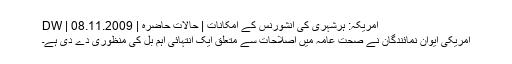
امریکہ: ہرشہری کی انشورنس کے امکانات | حالات حاضرہ | DW | 08.11.2009
امریکی ایوان نمائندگان نے صحت عامہ میں اصلاحات سے متعلق ایک انتہائی اہم بل کی منظوری دے دی ہے۔